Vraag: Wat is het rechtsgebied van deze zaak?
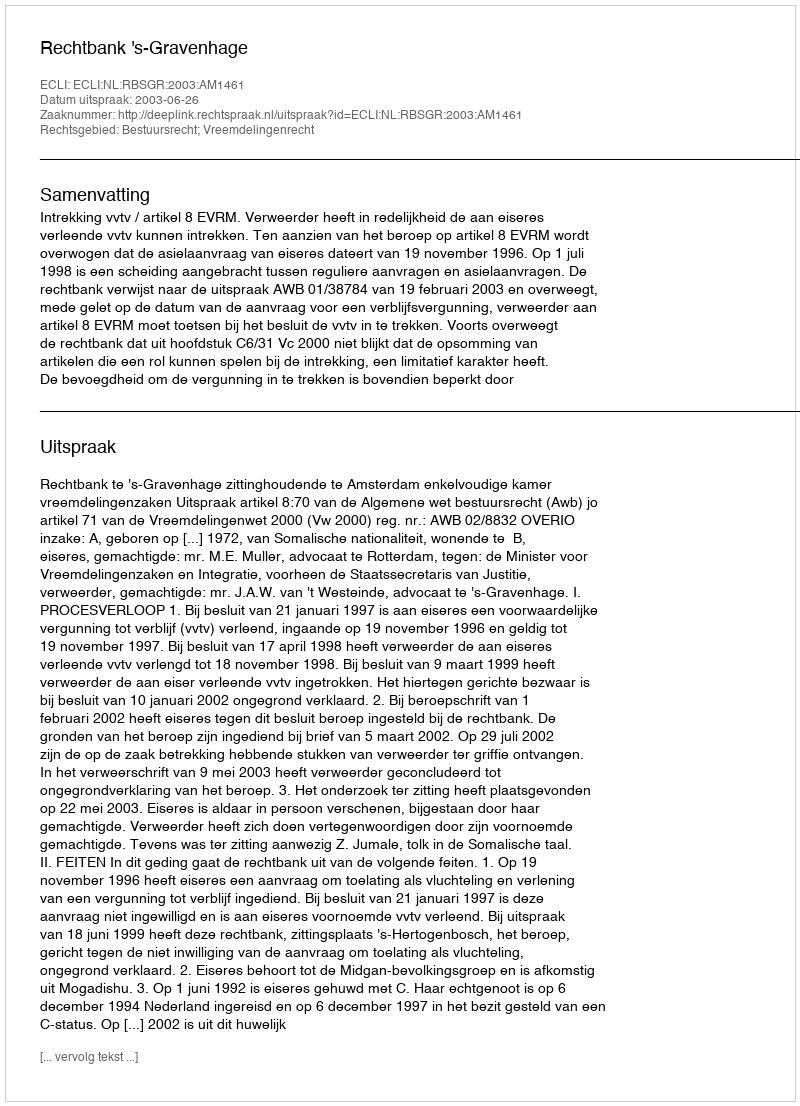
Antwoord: Bestuursrecht; Vreemdelingenrecht